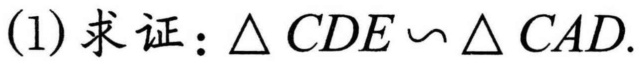
(1)求证：\(\triangle CDE\sim\triangle CAD\).